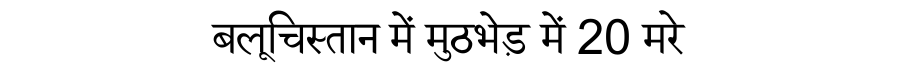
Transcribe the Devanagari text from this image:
बलूचिस्तान में मुठभेड़ में 20 मरे